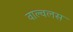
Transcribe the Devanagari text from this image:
वाल्वलस